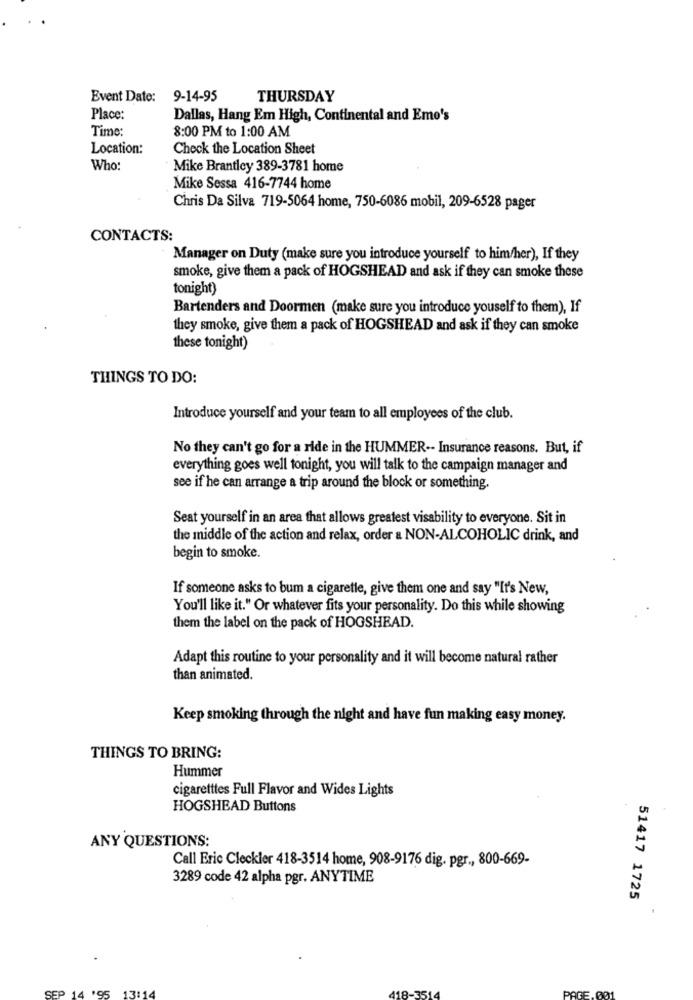
Event Date:
9-14-95
THURSDAY
Place:
Dallas, Hang Em High, Continental and Emo's
Time:
8:00 PM to 1:00 AM
Location:
Check the Location Sheet
Who:
Mike Brantley 389-3781 home
Mike Sessa 416-7744 home
Chris Da Silva 719-5064 home, 750-6086 mobil, 209-6528 pager
CONTACTS:
Manager on Duty (make sure you introduce yourself to him/her), If they
smoke, give them a pack of HOGSHEAD and ask if they can smoke these
tonight)
Bartenders and Doormen (make sure you introduce youself to them), If
they smoke, give them a pack of HOGSHEAD and ask if they can smoke
these tonight)
THINGS TO DO:
Introduce yourself and your team to all employees of the club.
No they can't go for a ride in the HUMMER -- Insurance reasons. But, if
everything goes well tonight, you will talk to the campaign manager and
see if he can arrange a trip around the block or something.
Seat yourself in an area that allows greatest visability to everyone. Sit in
the middle of the action and relax, order & NON-ALCOHOLIC drink, and
begin to smoke.
If someone asks to bum a cigarette, give them one and say "It's New,
You'll like it." Or whatever fits your personality. Do this while showing
them the label on the pack of HOGSHEAD.
Adapt this routine to your personality and it will become natural rather
than animated.
Keep smoking through the night and have fun making easy money.
THINGS TO BRING:
Hummer
cigaretttes Full Flavor and Wides Lights
HOGSHEAD Buttons
ANY QUESTIONS:
Call Eric Cleckler 418-3514 home, 908-9176 dig. pgr ., 800-669-
3289 code 42 alpha pgr. ANYTIME
51417 1725
P 14 '95
13:14
PAGE.001